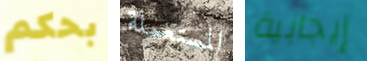
بحكم المستعملة إيجابية